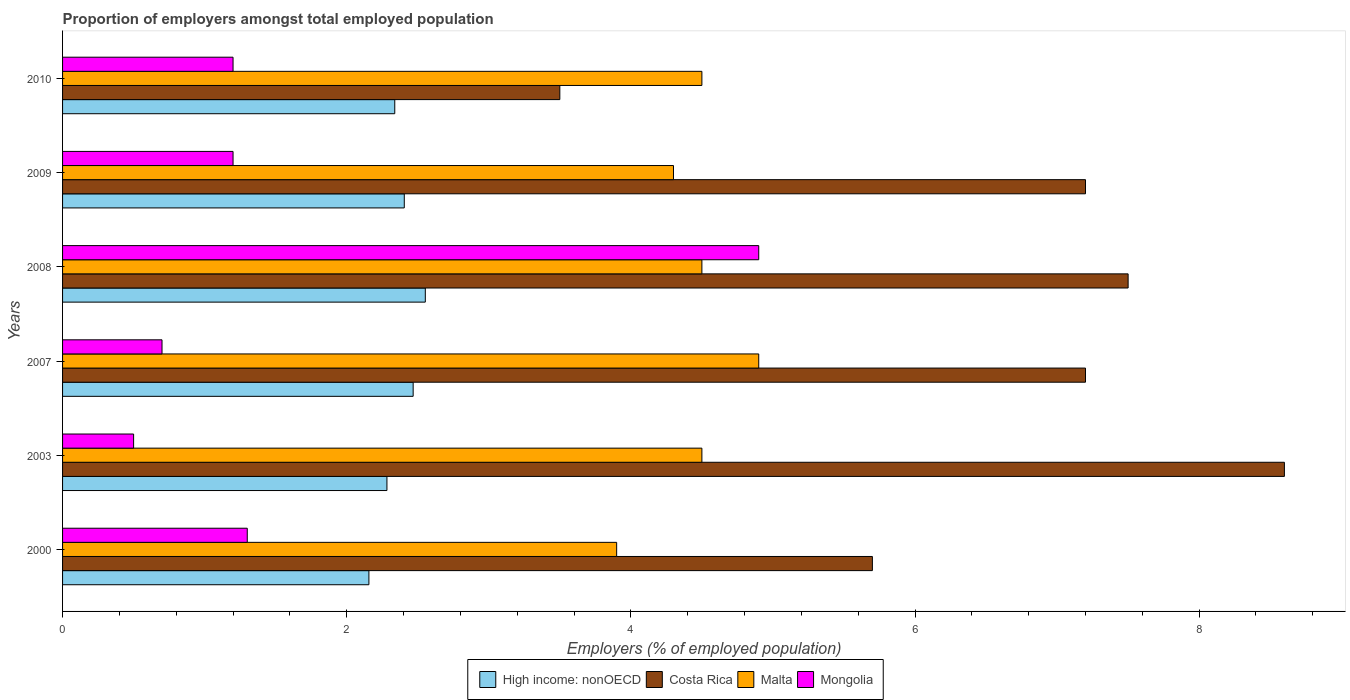
| Years | High income: nonOECD | Costa Rica | Malta | Mongolia |
 | --- | --- | --- | --- | --- |
 | 2000 | 2.16 | 5.7 | 3.9 | 1.3 |
 | 2003 | 2.28 | 8.6 | 4.5 | 0.5 |
 | 2007 | 2.47 | 7.2 | 4.9 | 0.7 |
 | 2008 | 2.55 | 7.5 | 4.5 | 4.9 |
 | 2009 | 2.41 | 7.2 | 4.3 | 1.2 |
 | 2010 | 2.34 | 3.5 | 4.5 | 1.2 |